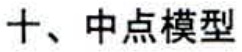
十、中点模型